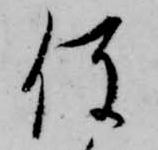
役